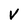
Character: v